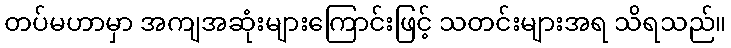
တပ်မဟာမှာ အကျအဆုံးများကြောင်းဖြင့် သတင်းများအရ သိရသည်။